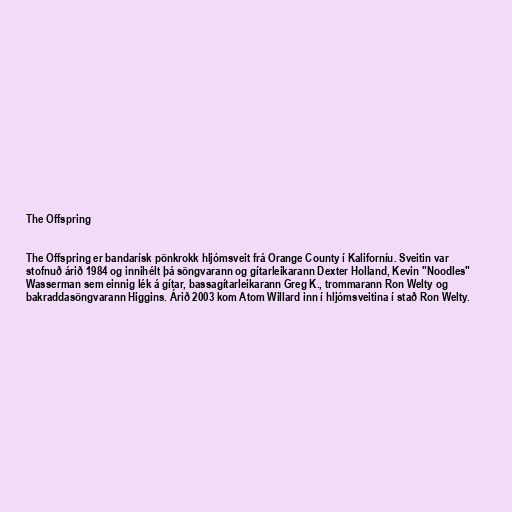
The Offspring

The Offspring er bandarísk pönkrokk hljómsveit frá Orange County í Kaliforníu. Sveitin var
stofnuð árið 1984 og innihélt þá söngvarann og gítarleikarann Dexter Holland, Kevin "Noodles"
Wasserman sem einnig lék á gítar, bassagítarleikarann Greg K., trommarann Ron Welty og
bakraddasöngvarann Higgins. Árið 2003 kom Atom Willard inn í hljómsveitina í stað Ron Welty.